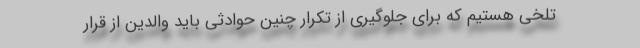
تلخی هستیم که برای جلوگیری از تکرار چنین حوادثی باید والدین از قرار